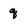
Character: q